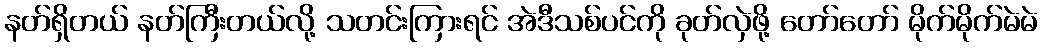
နတ်ရှိတယ် နတ်ကြီးတယ်လို့ သတင်းကြားရင် အဲဒီသစ်ပင်ကို ခုတ်လှဲဖို့ တော်တော် မိုက်မိုက်မဲမဲ